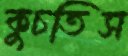
কুচতিস